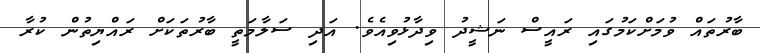
ބާރުތައް ވުމަށްކަމުގައި ރައީސް ނަޝީދު ވިދާޅުވިއެވެ. އަދި ސަލާމަތީ ބާރުތަކަށް ރައްޔިތުން ކުރާ